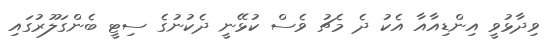
ވިދާޅުވީ އިންޑިއާއާ އެކު ދެ މެޗު ވެސް ކުޅޭނީ ދެކުނުގެ ސިޓީ ބެންގަލޫރުގައި